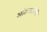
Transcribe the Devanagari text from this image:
आंतरबद्धतेची